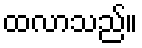
ထလာသည်။